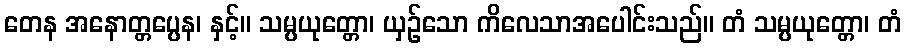
တေန အနောတ္တပ္ပေန၊ နှင့်။ သမ္ပယုတ္တော၊ ယှဉ်သော ကိလေသာအပေါင်းသည်။ တံ သမ္ပယုတ္တော၊ တံ